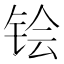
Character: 𬭇